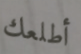
أطلعك